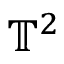
\mathbb { T } ^ { 2 }